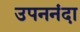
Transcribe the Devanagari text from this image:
उपननंदा